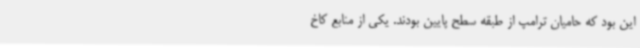
این بود که حامیان ترامپ از طبقه سطح پایین بودند. یکی از منابع کاخ